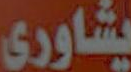
يشاورى